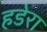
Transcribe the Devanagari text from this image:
हडेरा